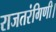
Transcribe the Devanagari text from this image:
राजतरंगिणी।